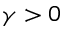
\gamma > 0